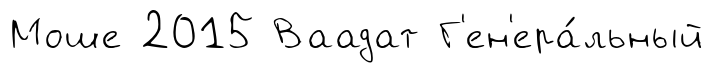
Моше 2015 Ваадат Г'ен'ера́льный